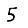
Digit: 5